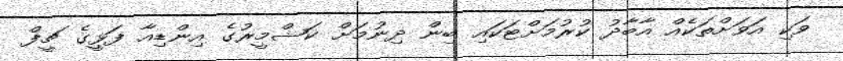
ވަކި އަވަށްތަކެއް އާބާދު ކުރުމަށްޓަކައި ބިން ދިނުމަށް ކަޝްމީރުގެ އިންޑިއާ ފަޅީގެ ޗީފް